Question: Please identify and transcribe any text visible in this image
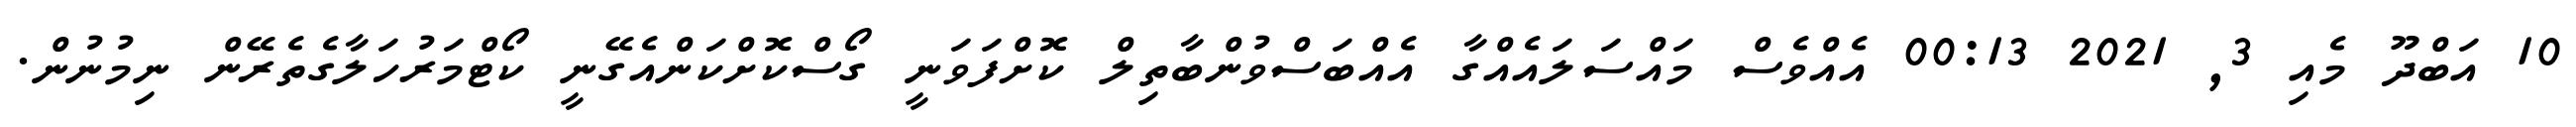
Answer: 10 އަބްދޫ މެއި 3, 2021 00:13 އެއްވެސް މައްސަލައެއްގާ އެއްބަސްވުންބާތިލް ކޮށްފަވަނީ ގޯސްކޮށްކަންއެގޭނީ ކޯޓްމަރުހަލާގެތެރޭން ނިމުނުން.